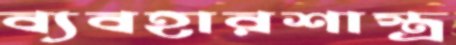
ব্যবহারশাস্ত্র